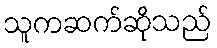
သူကဆက်ဆိုသည်